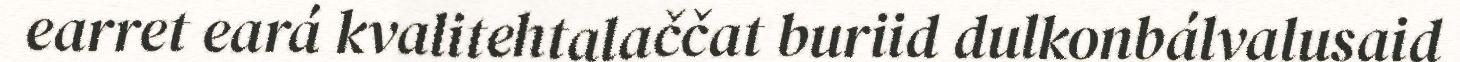
earret eará kvalitehtalaččat buriid dulkonbálvalusaid